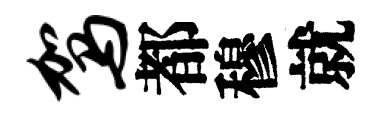
驾都穆就